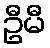
ဦမီ